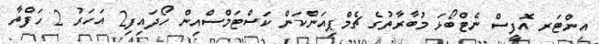
އިންޓަރ އޮފީސް ނެޓްބޯޅަ މުބާރާތުގެ ޗެމްޕިއަންކަން ކަސްޓަމްސްއިން ހޯދައިފި2 އަހަރު 2 ހަފްތާ